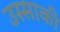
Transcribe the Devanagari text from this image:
उस्साकी